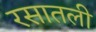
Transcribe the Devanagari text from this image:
रसातली